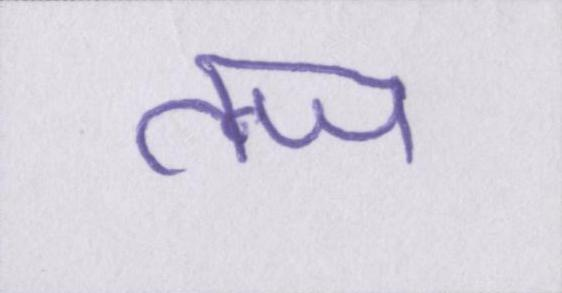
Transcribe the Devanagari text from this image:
तन्ज